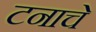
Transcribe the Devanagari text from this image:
टनाचे